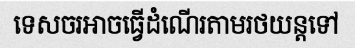
ទេសចរអាចធ្វើដំណើរតាមរថយន្តទៅ